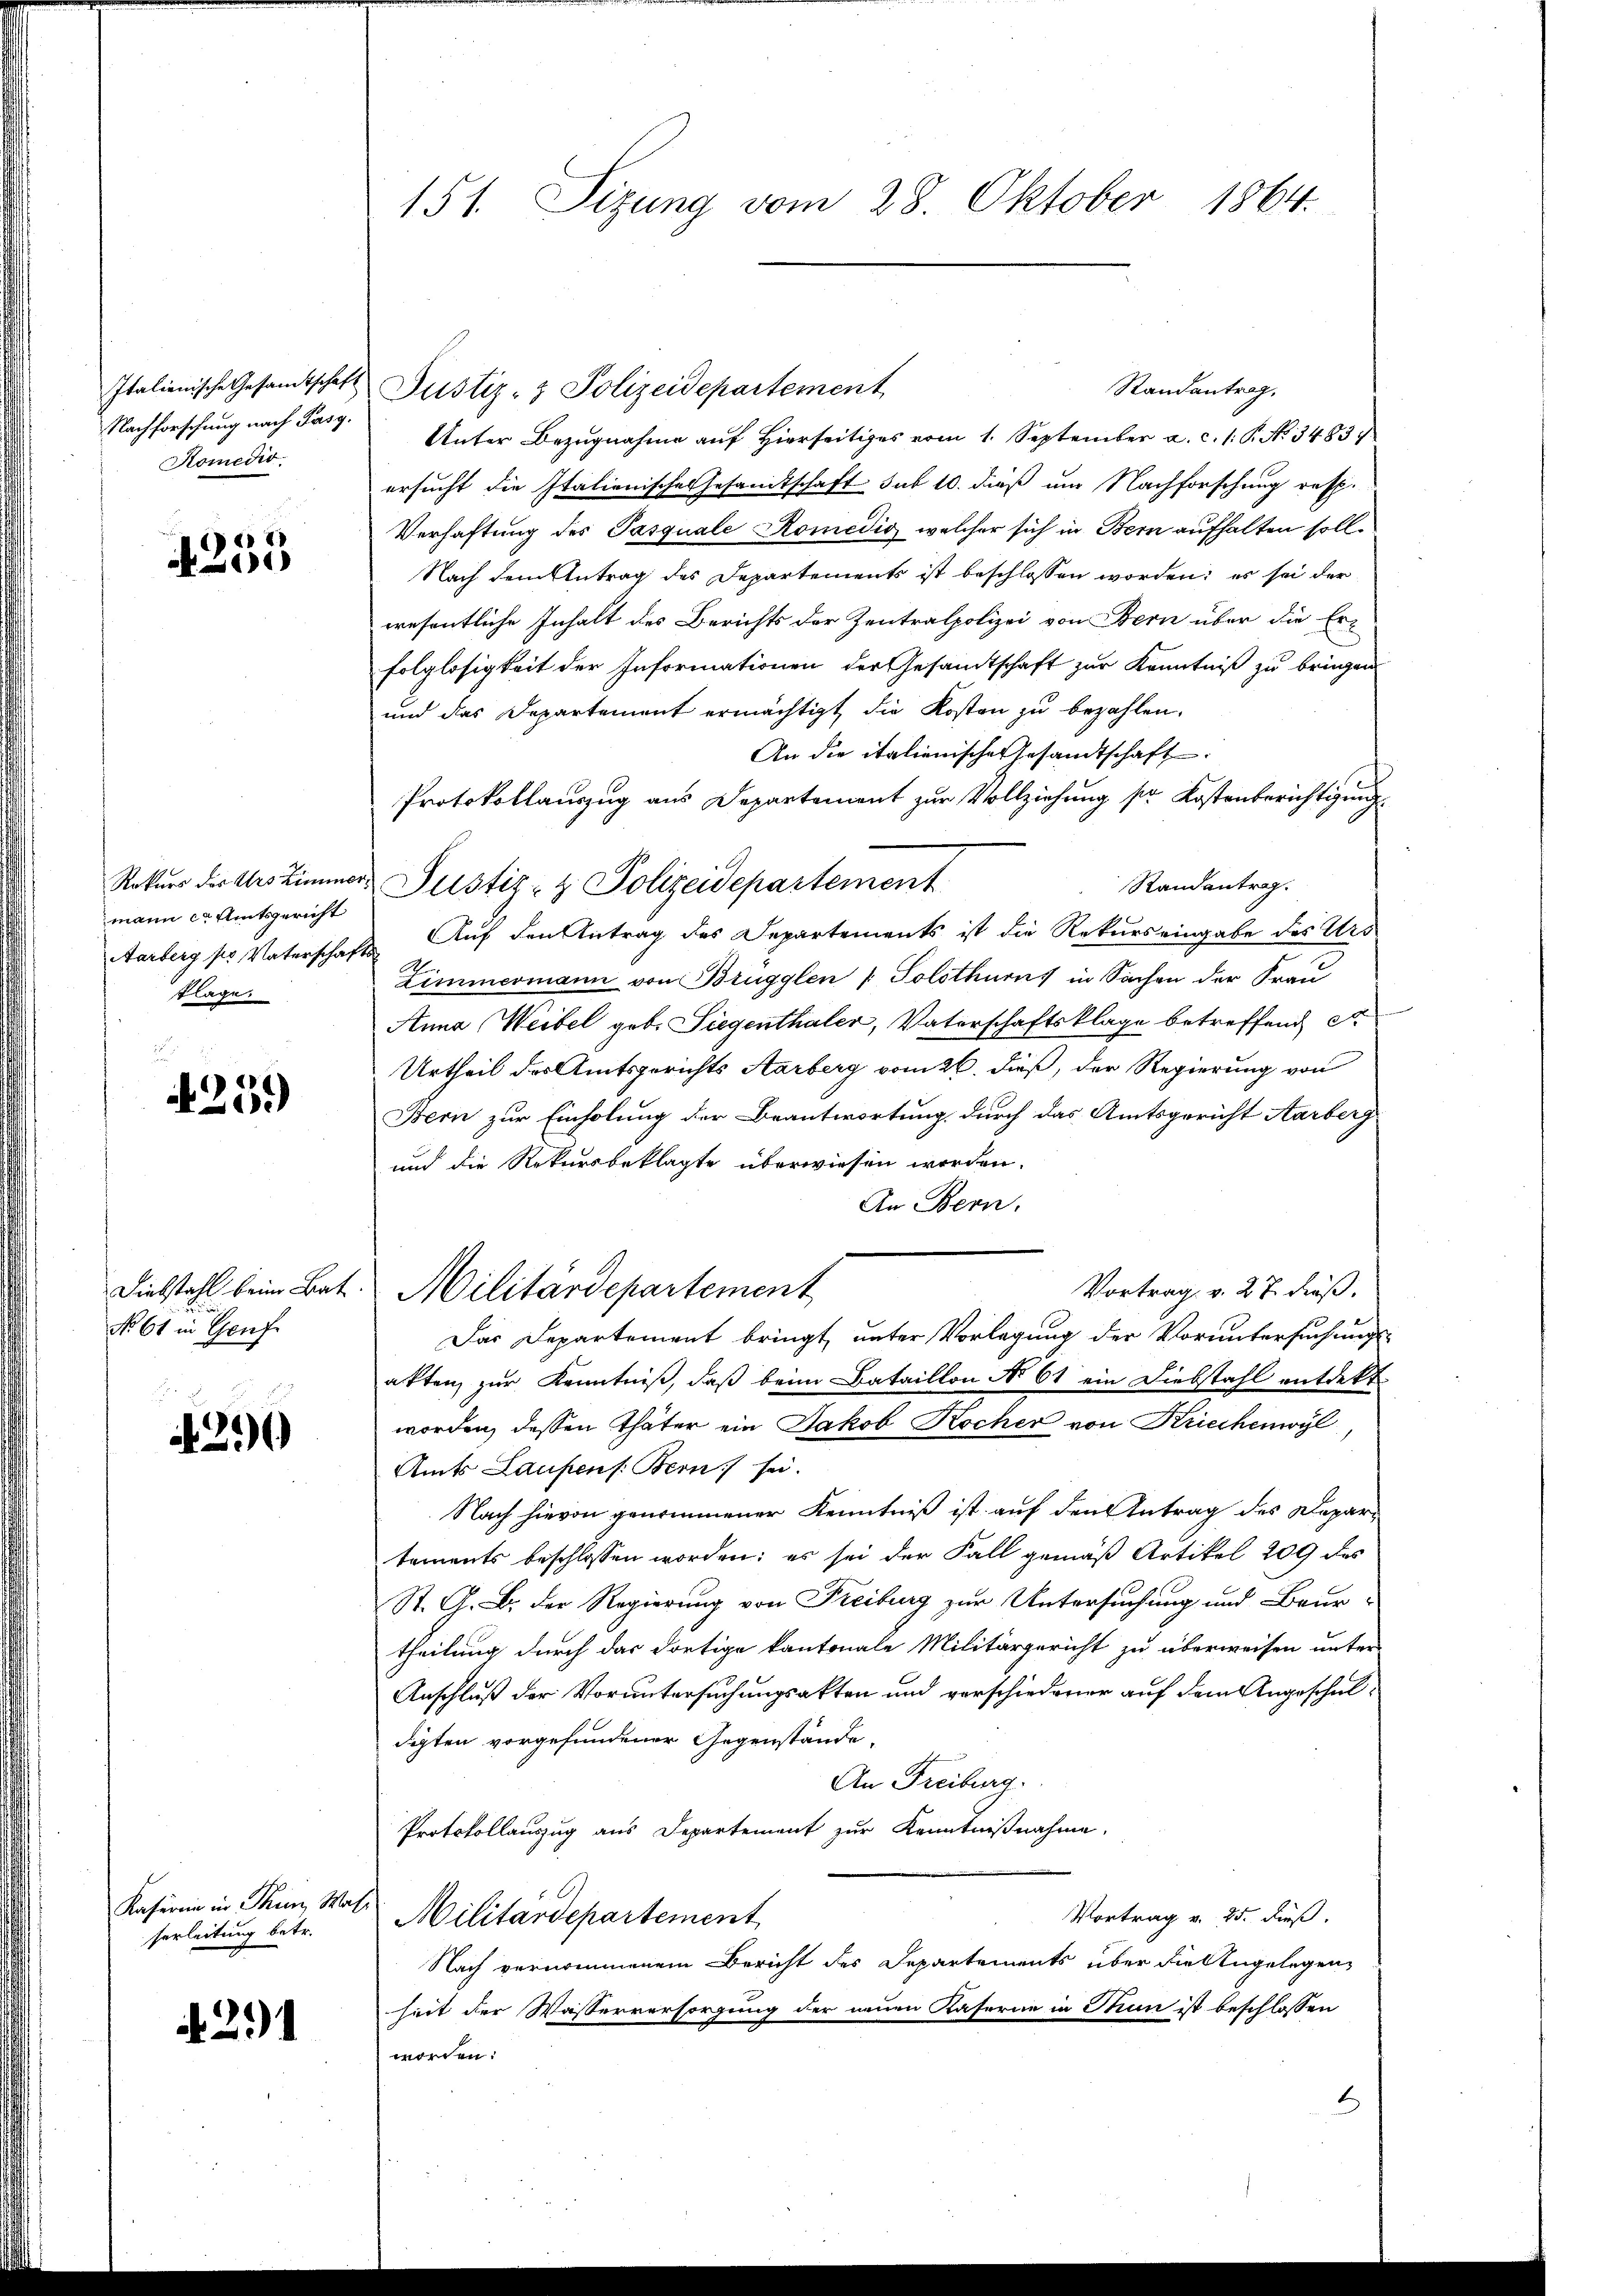
Nachforschung nach Pasg.
Komedio

1253

mann ca Amtsgericht
tlage.

251)

Diebstahl beim Bat
No 61 in Grufe

A. 211

Kaserin in Thun, Masiserleitung betr.

A. 291

151. Sizung vom 28. Oktober 1864.

Randantrag,
Italienische Gesamtschaft Justiz- & Polizeidepartement
Unter Bezugnahme auf Hierseitiges vom 1. September a. c. 1. P. No. 3483.
ersucht die Italienische Gesandtschaft sub 10. dieß um Nachforschung resp.
Verhaftung des Pasquale Romedio, welcher sich in Bern aufhalten soll.
Nach dem Antrag des Departements ist beschlossen worden; es sei der
wesentliche Inhalt des Berichts der Zentralpolizei von Bern über die Erfolglosigkeit der Informationen der Gesandtschaft zur Kenntniß zu bringen
und das Departement ermächtigt, die Kosten zu bezahlen.
An die italienische Gesandtschaft.
Protokollauszug aus Departement zur Vollziehung sr Kostenberichtigung
Rokŭrs der Urs Zimmer Justiz- & Polizeidepartement
Randantrag.
Aarberg ss Vaterschaft. Auf den Antrag des Departements ist die Rekurs eingabe des Urs
Zimmermann von Brügglen ( Solothurns in Sachen der Frau
Anna Weibel geb. Siegenthaler, Vaterschaftsklage betreffend Str
Urtheil des Amtsgerichts Aarberg vom 26. dieß, der Regierung von
Bern zur Einholung der Beantwortung durch das Amtsgericht Aarberg
und die Rekursbeklagte überwiesen worden.
An Bern.
Vortrag v. 27. dieß.
Militärdepartement
Das Departement bringt, unter Vorlegung der Voruntersuchungs-
akten zur Kenntniß, daß beim Bataillon No 61 ein Diebstahl entdekt
worden, dessen Thäter ein Jakob Kocher von Kriechenwyl
Amts Laufens. Bern sei.
Nach hievon genommener Kenntniß ist auf den Antrag des Departements beschlossen worden; es sei der Fall gemäß Artikel 209 des
St. G. B. der Regierung von Freiburg zur Untersuchung und Beur-
theilung durch das dortige kantonale Militärgericht zu überweisen unter
Anschluß der Voruntersuchungsakten und verschiedener auf dem Angeschuldigten vorgefundener Gegenstände,
An Freiburg.
Protokollauszug aus Departement zur Kenntnißnahme.
Vortrag v. 25. dieß.
Militärdepartement
Nach vernommenem Bericht des Departements über die Angelegenheit der Wasserversorgung der neuen Kaserne in Thun ist beschlossen
worden: